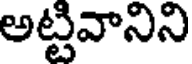
అట్టివానిని